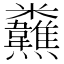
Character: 𩏸